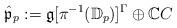
LaTeX: \begin{align*} \hat{ \mathfrak{p}}_p :=\mathfrak{g}[\pi^{-1}(\mathbb{D}_p) ]^\Gamma\oplus \mathbb{C}C\end{align*}